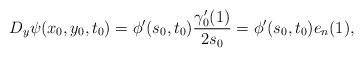
LaTeX: \begin{align*}D_y \psi (x_0, y_0, t_0)=\phi'(s_0, t_0)\frac{\gamma'_0(1)}{2s_0}=\phi'(s_0, t_0) e_n(1), \end{align*}